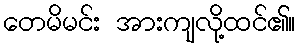
တေမိမင်း အားကျလို့ထင်၏။